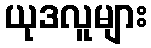
ယုဒလူများ